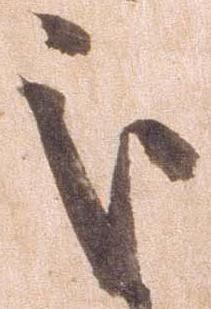
処